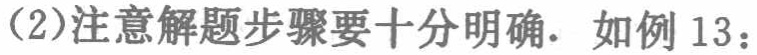
(2)注意解题步骤要十分明确. 如例13：